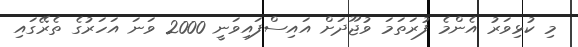
މި ކުޅިވަރު އެންމެ ފުރަތަމަ ވުޖޫދަށް އައިސްފައިވަނީ 2000 ވަނަ އަހަރުގެ ތެރޭގައި